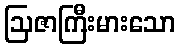
ဩဇာကြီးမားသော